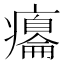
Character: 癟